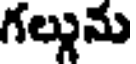
గల్గును